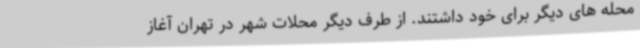
محله های دیگر برای خود داشتند. از طرف دیگر محلات شهر در تهران آغاز